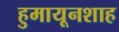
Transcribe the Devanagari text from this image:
हुमायूनशाह